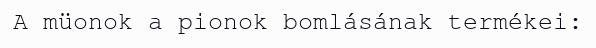
A müonok a pionok bomlásának termékei: